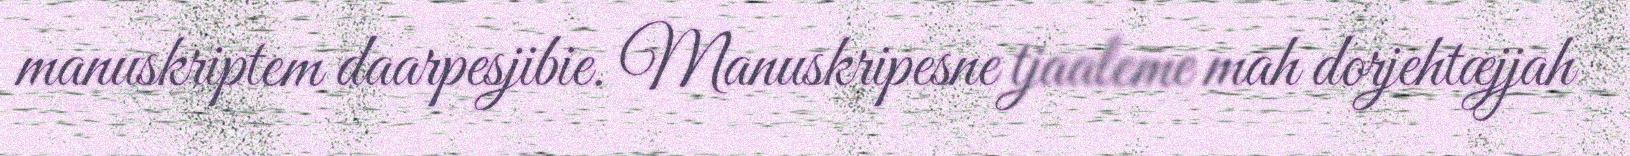
manuskriptem daarpesjibie. Manuskripesne tjaaleme mah dorjehtæjjah